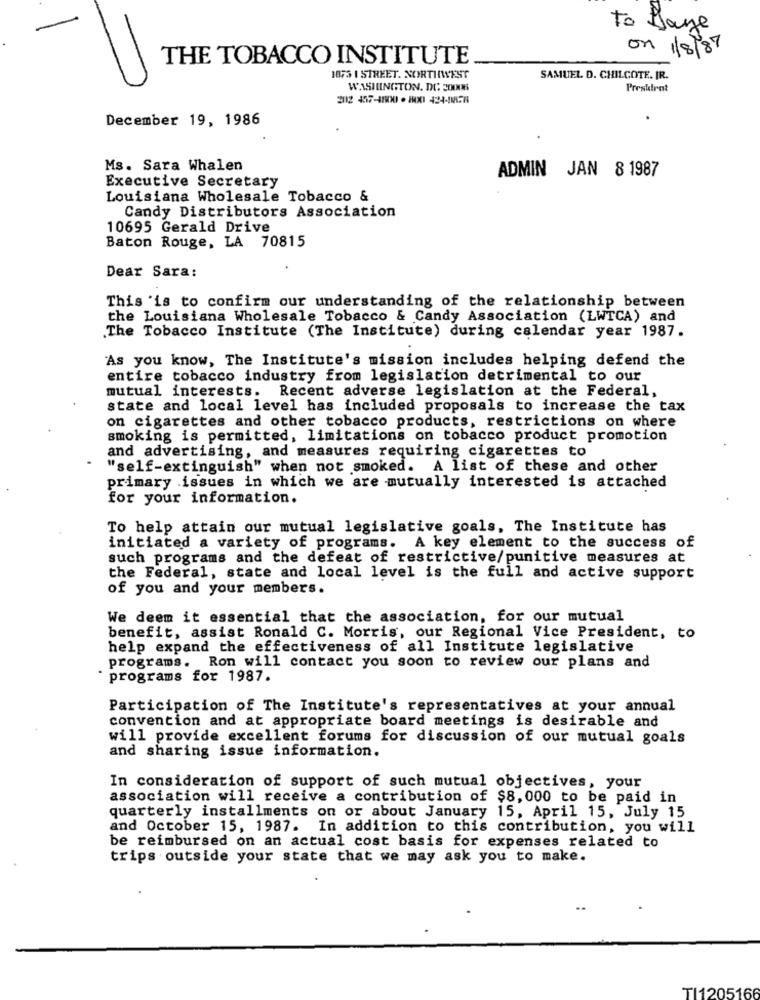
To Playe
on 1/8/87
THE TOBACCO INSTITUTE
1873 1 STREET. NORTHWEST
SAMUEL D. CHILCOTE. IR.
WASHINGTON, DC: 20008
President
2112 457-4800 · 800 424-1858
December 19, 1986
Ms. Sara Whalen
ADMIN JAN 8 1987
Executive Secretary
Louisiana Wholesale Tobacco &
Candy Distributors Association
10695 Gerald Drive
Baton Rouge, LA 70815
Dear Sara:
This is to confirm our understanding of the relationship between
the Louisiana Wholesale Tobacco & Candy Association (LWTCA) and
The Tobacco Institute (The Institute) during calendar year 1987.
"As you know, The Institute's mission includes helping defend the
entire tobacco industry from legislation detrimental to our
mutual interests. Recent adverse legislation at the Federal,
state and local level has included proposals to increase the tax
on cigarettes and other tobacco products, restrictions on where
smoking is permitted, limitations on tobacco product promotion
and advertising, and measures requiring cigarettes to
"self-extinguish" when not smoked. A list of these and other
primary issues in which we are mutually interested is attached
for your information.
To help attain our mutual legislative goals, The Institute has
initiated a variety of programs. A key element to the success of
such programs and the defeat of restrictive/punitive measures at
the Federal, state and local level is the full and active support
of you and your members.
We deem it essential that the association, for our mutual
benefit, assist Ronald C. Morris, our Regional Vice President, to
help expand the effectiveness of all Institute legislative
programs. Ron will contact you soon to review our plans and
programs for 1987.
Participation of The Institute's representatives at your annual
convention and at appropriate board meetings is desirable and
will provide excellent forums for discussion of our mutual goals
and sharing issue information.
In consideration of support of such mutual objectives, your
association will receive a contribution of $8,000 to be paid in
quarterly installments on or about January 15, April 15, July 15
and October 15, 1987. In addition to this contribution, you will
be reimbursed on an actual cost basis for expenses related to
trips outside your state that we may ask you to make.
TI1205166